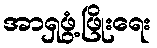
အာရှဖွံ့ဖြိုးရေး